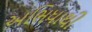
અભિધાથી